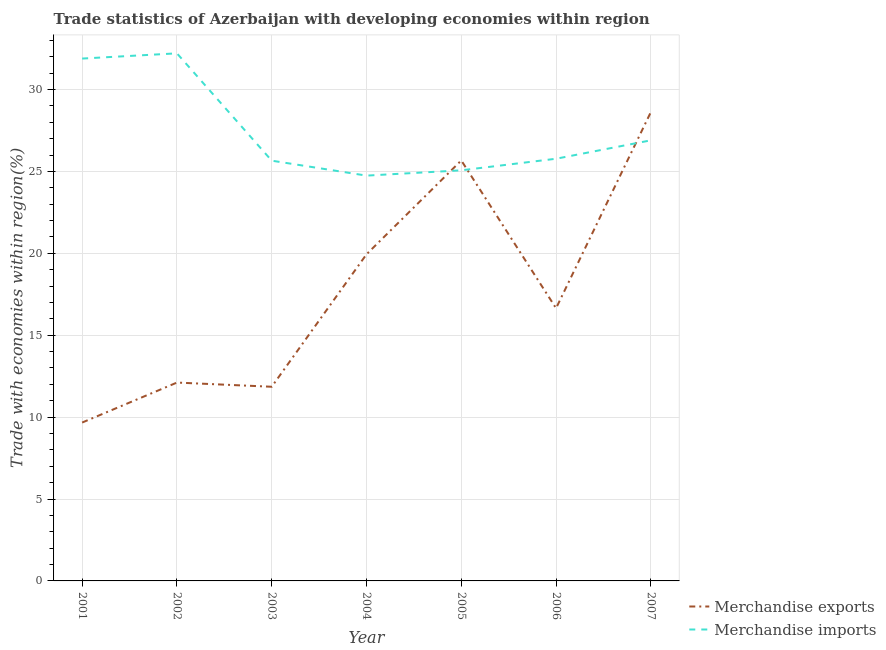
| Year | Merchandise exports | Merchandise imports |
 | --- | --- | --- |
 | 2001 | 9.67 | 31.9 |
 | 2002 | 12.1 | 32.2 |
 | 2003 | 11.9 | 25.7 |
 | 2004 | 19.9 | 24.7 |
 | 2005 | 25.7 | 25.1 |
 | 2006 | 16.6 | 25.8 |
 | 2007 | 28.6 | 26.9 |